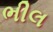
ભીલ